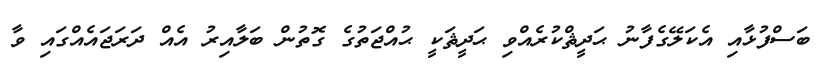
ބަސްފުޅާއި އެކަލޭގެފާނު ޙަދީޘްކުރެއްވި ޙަދީޘަކީ ޙުއްޖަތުގެ ގޮތުން ބަލާއިރު އެއް ދަރަޖައެއްގައި ވާ